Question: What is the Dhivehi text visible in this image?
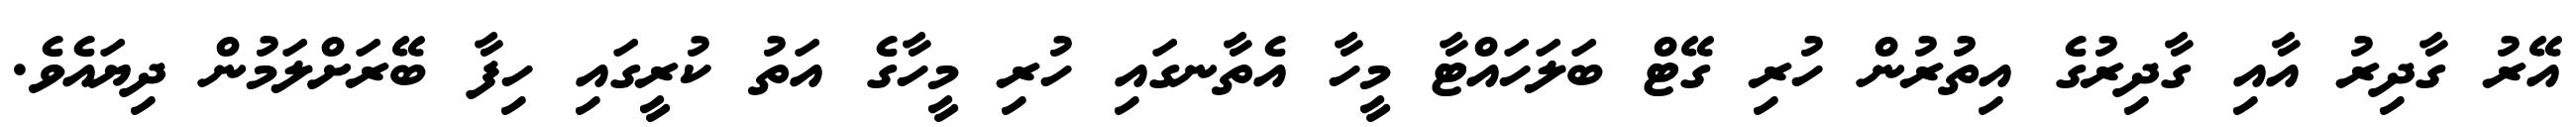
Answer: އޭރު ގާދިރު އާއި ގާދިރުގެ އިތުރުން ހުރި ގޭޓް ބަލަހައްޓާ މީހާ އެތާނގައި ހުރި މީހާގެ އަތު ކުރީގައި ހިފާ ބޭރަށްލަމުން ދިޔައެވެ.